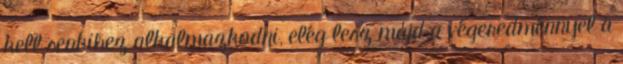
kell senkihez alkalmazkodni, elég lesz majd a végeredménnyel a